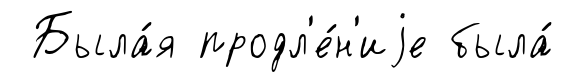
Была́я продл'е́н'иjе была́